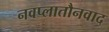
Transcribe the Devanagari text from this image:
नवप्लातौनवाद